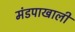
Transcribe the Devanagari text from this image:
मंडपाखाली